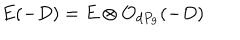
LaTeX: E ( - D ) = E \otimes { \cal O } _ { d P _ { 9 } } ( - D )